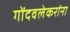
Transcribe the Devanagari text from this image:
गोंदवलेकरांना